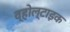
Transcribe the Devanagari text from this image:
व्होल्टाइक